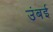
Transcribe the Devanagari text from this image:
उंबई